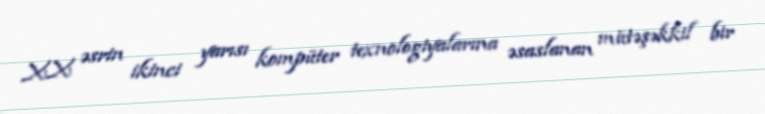
XX əsrin ikinci yarısı kompüter texnologiyalarına əsaslanan mütəşəkkil bir